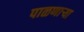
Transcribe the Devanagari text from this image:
पाळणार्‍या